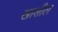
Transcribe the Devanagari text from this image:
खाशील